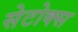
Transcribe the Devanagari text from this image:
सेटोक्स